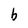
Character: b